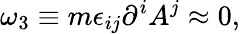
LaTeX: \omega_{3}\equiv m\epsilon_{ij}\partial^{i}A^{j}\approx 0,